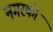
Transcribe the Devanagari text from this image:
नगरको